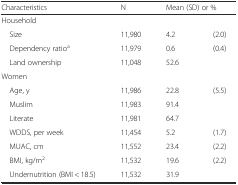
| Characteristics | N | <COLSPAN=2> Mean (SD) or % |
 | --- | --- | --- | --- |
 | <COLSPAN=4> Household |
 | Size | 11,980 | 4.2 | (2.0) |
 | Dependency ratioa | 11,979 | 0.6 | (0.4) |
 | Land ownership | 11,048 | 52.6 |  |
 | <COLSPAN=4> Women |
 | Age, y | 11,986 | 22.8 | (5.5) |
 | Muslim | 11,983 | 91.4 |  |
 | Literate | 11,981 | 64.7 |  |
 | WDDS, per week | 11,454 | 5.2 | (1.7) |
 | MUAC, cm | 11,552 | 23.4 | (2.2) |
 | BMI, kg/m2 | 11,532 | 19.6 | (2.2) |
 | Undernutrition (BMI < 18.5) | 11,532 | 31.9 |  |